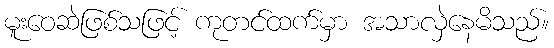
မူးဝေဆဲဖြစ်သဖြင့် ကုတင်ထက်မှာ အသာလှဲနေမိသည်။